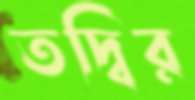
তদ্বির